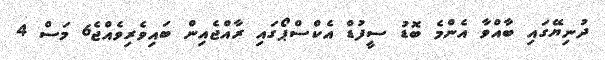
ދުނިޔޭގައި ބާއްވާ އެންމެ ބޮޑު ސީފުޑް އެކްސްޕޯގައި ރާއްޖެއިން ބައިވެރިވެއްޖެ6 މަސް 4